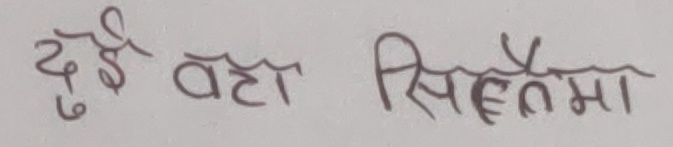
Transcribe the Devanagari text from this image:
दुई वटा सिनेमा